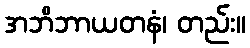
အဘိဘာယတနံ၊ တည်း။